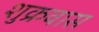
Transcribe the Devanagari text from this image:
शुक्रवास